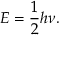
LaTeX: { E } = { \frac { 1 } { 2 } } h \nu .